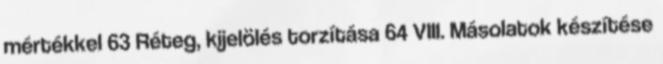
mértékkel 63 Réteg, kijelölés torzítása 64 VIII. Másolatok készítése